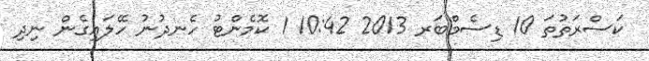
ކަސްރަތުތަ 10 ޑިސެމްބަރ 2013 10:42 1 ކޮމެންޓު ހެނދުނު ހޭލައިގެން ނިދި